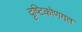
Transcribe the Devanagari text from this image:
दृष्टिकोणगत